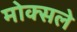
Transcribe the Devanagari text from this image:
मोक्सले